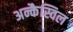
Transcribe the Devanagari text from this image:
अन्कैस्विल